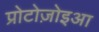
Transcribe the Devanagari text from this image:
प्रोटोज़ोइआ